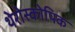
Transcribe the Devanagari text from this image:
थेरोस्कोपिक